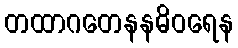
တထာဂတေနနဓိဝရေန